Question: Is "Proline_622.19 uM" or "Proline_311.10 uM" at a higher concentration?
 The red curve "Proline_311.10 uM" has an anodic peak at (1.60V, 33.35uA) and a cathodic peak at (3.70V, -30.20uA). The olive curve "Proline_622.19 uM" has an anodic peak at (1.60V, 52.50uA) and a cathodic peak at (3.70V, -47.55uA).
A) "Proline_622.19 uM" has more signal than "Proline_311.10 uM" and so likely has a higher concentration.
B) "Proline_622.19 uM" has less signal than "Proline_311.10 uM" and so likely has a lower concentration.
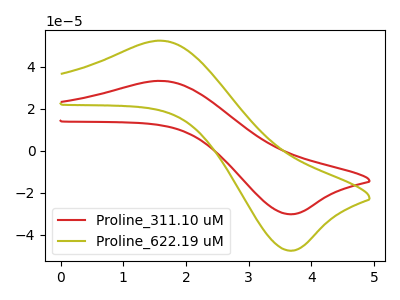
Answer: <think>All the peaks in "Proline_622.19 uM" have a peak in "Proline_311.10 uM" at the same potential. Every peak in "Proline_622.19 uM" is higher than every peak in "Proline_311.10 uM".
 </think>
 <answer>A) "Proline_622.19 uM" has more signal than "Proline_311.10 uM" and so likely has a higher concentration.</answer>
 <eval>A</eval>